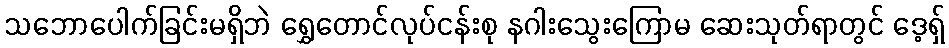
သဘောပေါက်ခြင်းမရှိဘဲ ရွှေတောင်လုပ်ငန်းစု နဂါးသွေးကြောမ ဆေးသုတ်ရာတွင် ဒေ့ရှ်